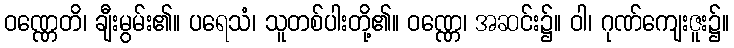
ဝဏ္ဏေတိ၊ ချီးမွမ်း၏။ ပရေသံ၊ သူတစ်ပါးတို့၏။ ဝဏ္ဏေ၊ အဆင်း၌။ ဝါ၊ ဂုဏ်ကျေးဇူး၌။